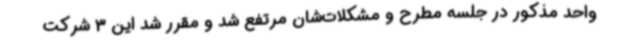
واحد مذکور در جلسه مطرح و مشکلات‌شان مرتفع شد و مقرر شد این 3 شرکت